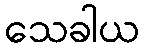
သေခါယ